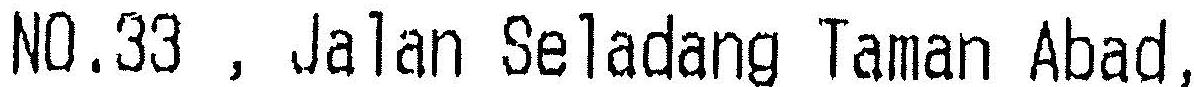
NO.33 , JALAN SELADANG TAMAN ABAD,